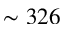
\sim 3 2 6